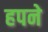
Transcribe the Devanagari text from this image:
हपने